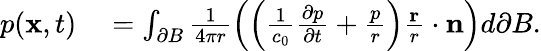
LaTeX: \begin{array}{rl}{p(\mathbf{x},t)}&{{}=\int_{\partial B}\frac{1}{4\pi r}\left(\left(\frac{1}{c_{0}}\frac{\partial p}{\partial t}+\frac{p}{r}\right)\frac{\mathbf{r}}{r}\cdot\mathbf{n}\right)d\partial B.}\end{array}